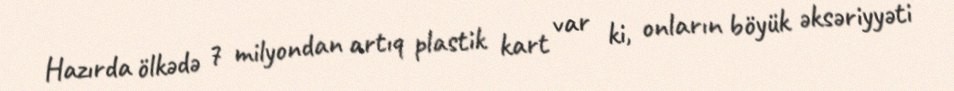
Hazırda ölkədə 7 milyondan artıq plastik kart var ki, onların böyük əksəriyyəti